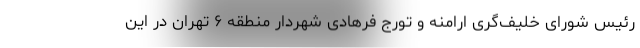
رئیس شورای خلیف‌گری ارامنه و تورج فرهادی شهردار منطقه ۶ تهران در این